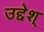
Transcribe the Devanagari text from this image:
उद्देश्